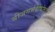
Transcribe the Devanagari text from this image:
बीजगर्भदोषांमुळे